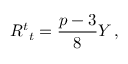
R _ { \ t } ^ { t } = \frac { p - 3 } { 8 } Y \, ,